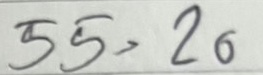
55 = 20